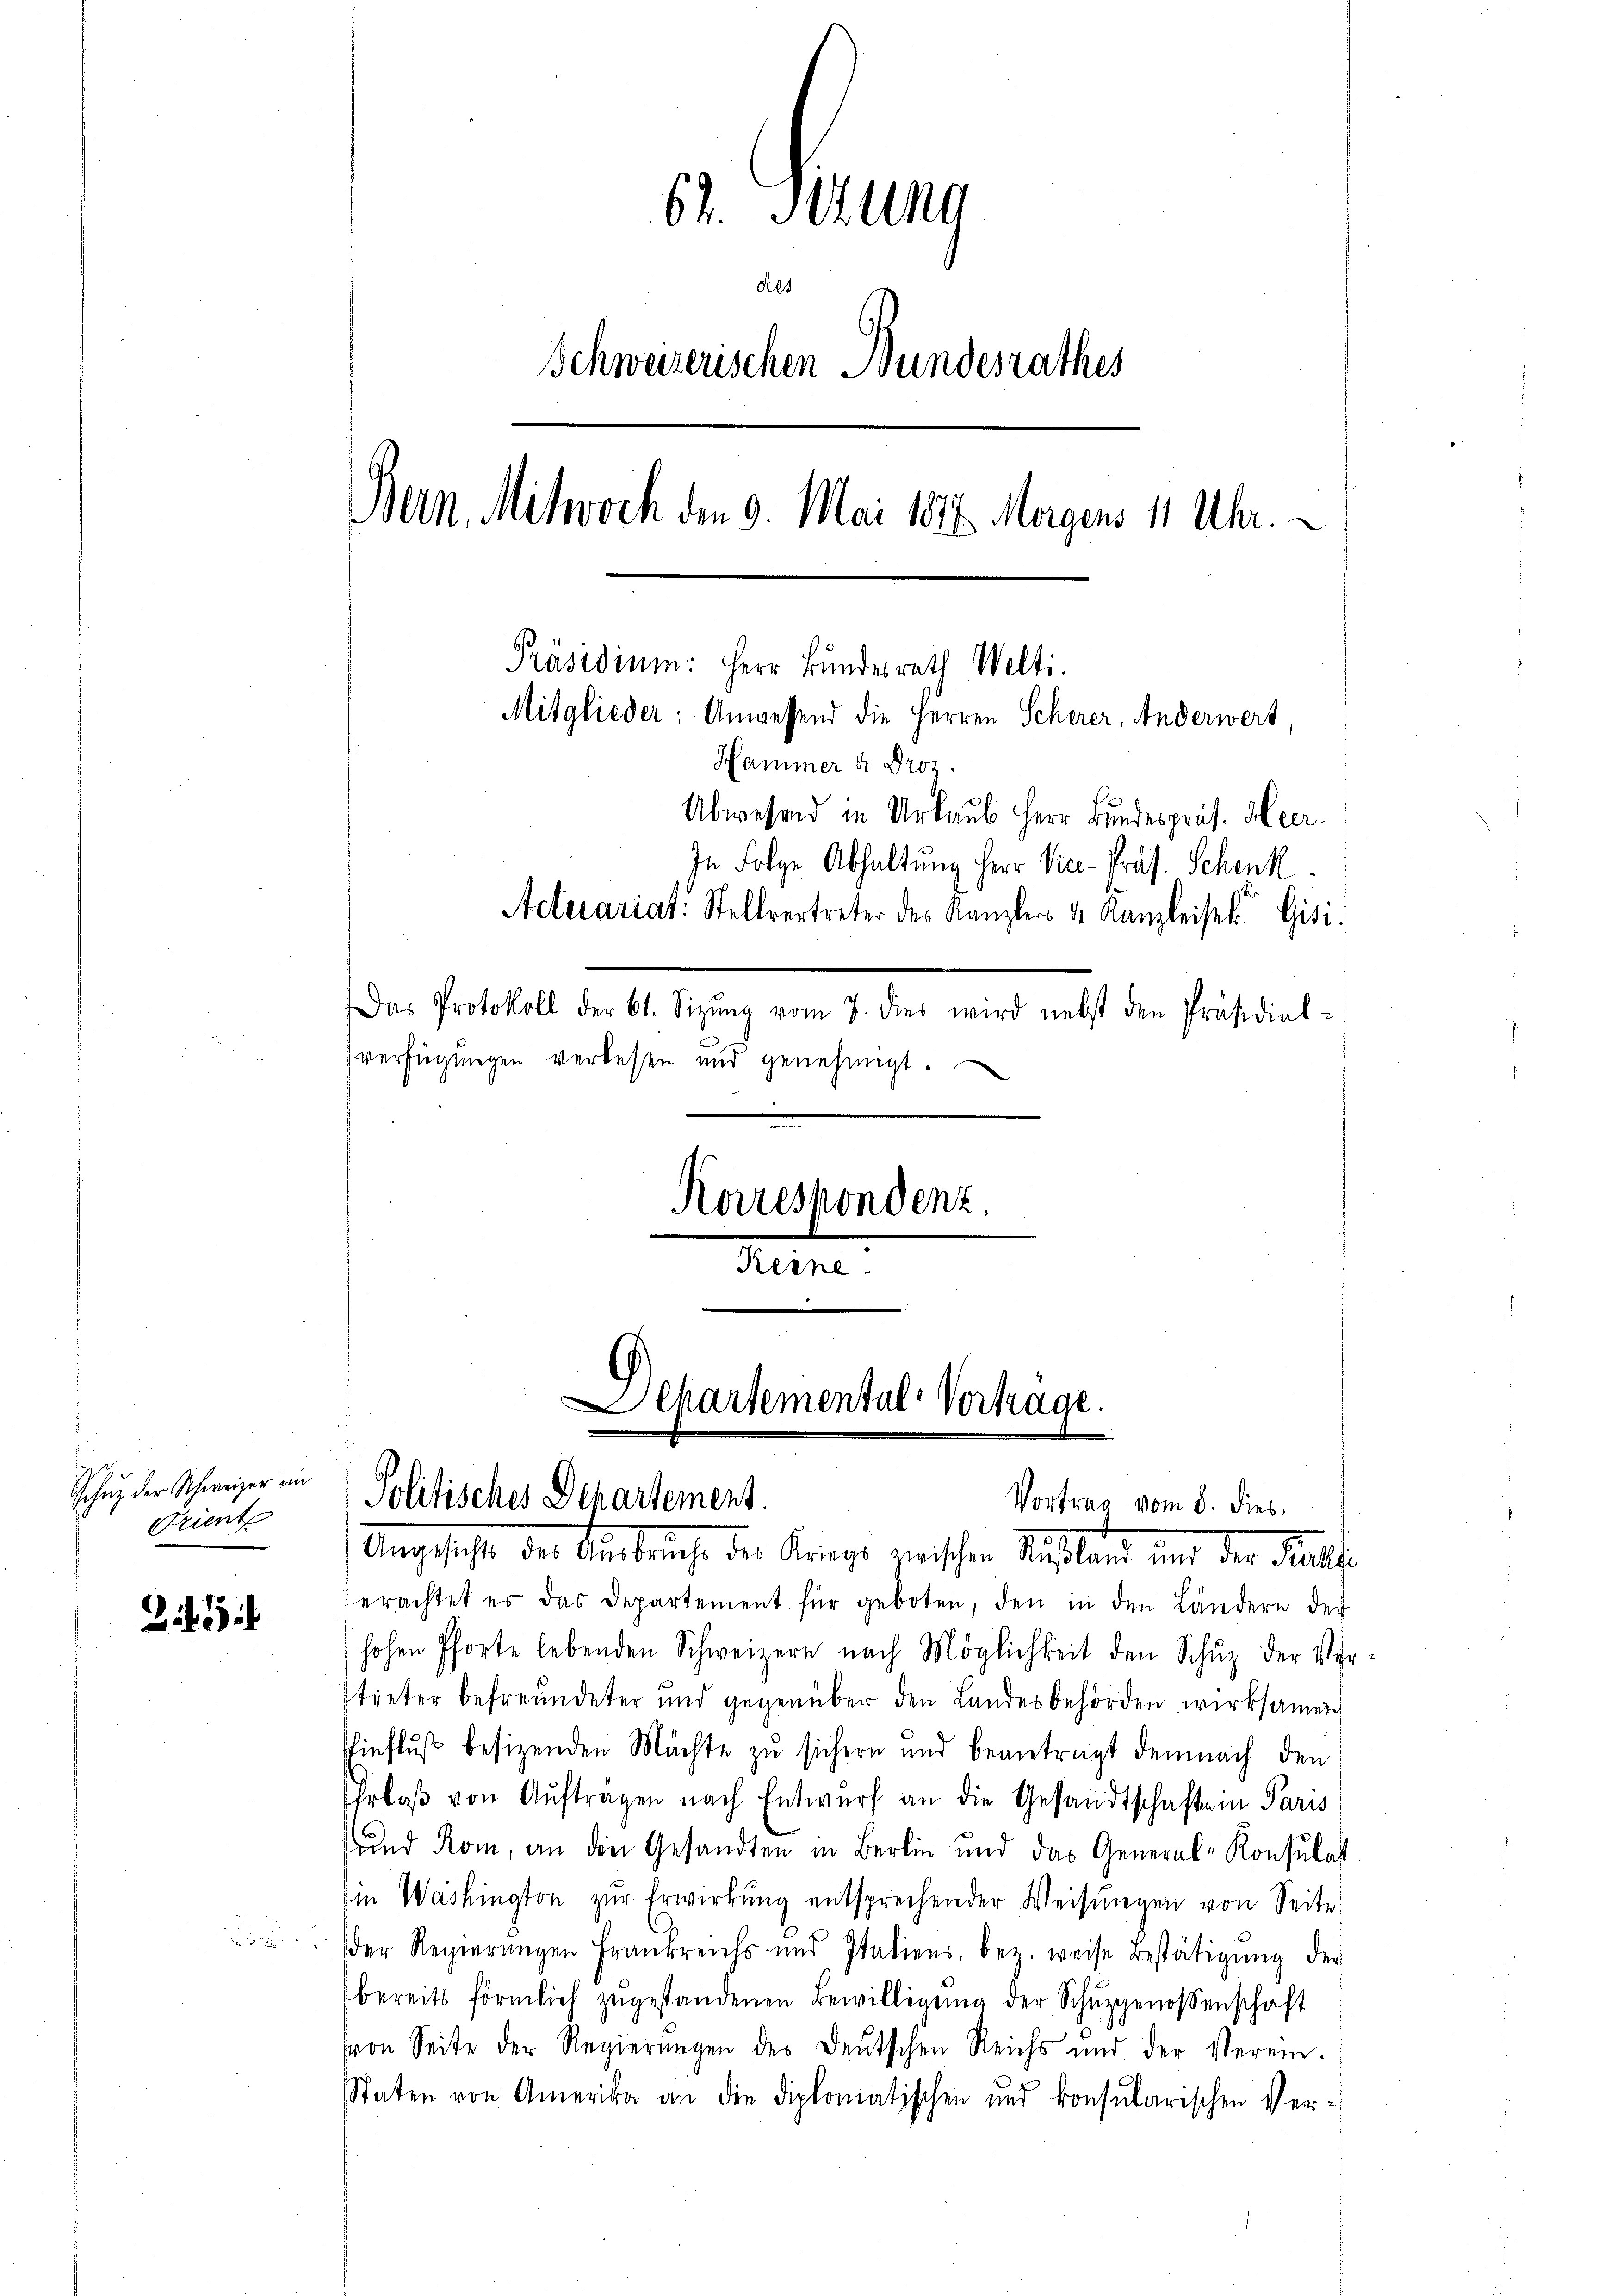
Schuz der Schweizer im
Trient

21

62. Itzung
l
Schweizerischen Bundesrathes
Bern. Mitwoch den 9. Mai 1876. Morgens 11 Uhr.
Präsidium: Herr Bundesrath Welti.
Mitglieder: Anwessend die Herren Scherer, Anderwert,
Hammer k. Proz.
Abwesend in Urlaub Herr Bundespräs. Heer.
In Folge Abhaltung Herr Vice-Präs. Schenk
Actuariat. Stellvertreter des Kanzlers v. Kanzleistl. Gisi
Das Protokoll der 61. Sizŭng vom 7. dies wird nebst den Präsidial-
verfügungen verlesen und genehmigt.
Korrespondenz.
Keine

Separtemental-Vortrage.
Politisches Departement.

Angesetzte der Anbruche des Kriegs zwischen Nachland und der Falle
erachtet es das Departement für geboten, den in den Ländern der
hohen Pforte lebenden Schweizern nach Möglichkeit den Schŭz der Ver-
treter befreundeter und gegenüber den Landesbehörden wirksamen
Einfluß besizenden Mächte zu sichern und beantragt demnach den
Erboβ von Auftragen nach Entwurf an die Gesandtschaften Paris
und Rom, an die Gesandten in Berlin und das General-Konsulat
in Washington zŭr Erwirkŭng entsprechender Weisŭngen von Seite
der Regierŭngen Frankreichs und Italiens, bez. weise Bestätigŭng der
bereits förmlich zŭgestandenen Bewilligŭng der Schŭzgenossenschaft
von Seite der Regierungen der Deutschen Reichs und der Verein-
Staten von Amerika an die diplomatischen und konsularischen Ver¬

Vortrag vom 8. dies